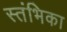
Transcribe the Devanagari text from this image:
स्तंभिका